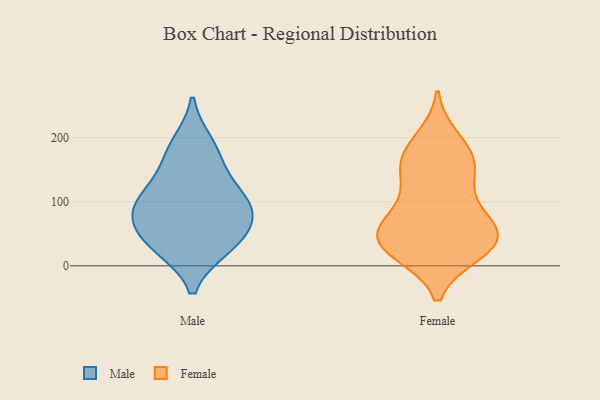
{"axis": {"x": "Net Income (USD K)", "y": "Value"}, "legend": ["Female", "Male"], "data": [{"x": "", "y": 28, "type": "Male"}, {"x": "", "y": 64, "type": "Male"}, {"x": "", "y": 98, "type": "Male"}, {"x": "", "y": 55, "type": "Male"}, {"x": "", "y": 28, "type": "Male"}, {"x": "", "y": 93, "type": "Male"}, {"x": "", "y": 167, "type": "Male"}, {"x": "", "y": 94, "type": "Male"}, {"x": "", "y": 127, "type": "Male"}, {"x": "", "y": 191, "type": "Male"}, {"x": "", "y": 145, "type": "Female"}, {"x": "", "y": 38, "type": "Female"}, {"x": "", "y": 54, "type": "Female"}, {"x": "", "y": 129, "type": "Female"}, {"x": "", "y": 31, "type": "Female"}, {"x": "", "y": 197, "type": "Female"}, {"x": "", "y": 164, "type": "Female"}, {"x": "", "y": 181, "type": "Female"}, {"x": "", "y": 63, "type": "Female"}, {"x": "", "y": 43, "type": "Female"}, {"x": "", "y": 39, "type": "Female"}, {"x": "", "y": 81, "type": "Female"}, {"x": "", "y": 21, "type": "Female"}, {"x": "", "y": 81, "type": "Female"}, {"x": "", "y": 157, "type": "Female"}, {"x": "", "y": 21, "type": "Female"}]}